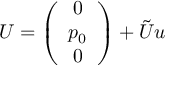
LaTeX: U = \left( \begin{array} { c } { { 0 } } \\ { { p _ { 0 } } } \\ { { 0 } } \end{array} \right) + \tilde { U } u